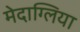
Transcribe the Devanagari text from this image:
मेदाग्लिया